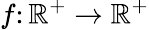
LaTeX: f\colon\mathbb{R}^{+}\to\mathbb{R}^{+}